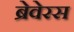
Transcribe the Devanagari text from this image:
ब्रेवेरस